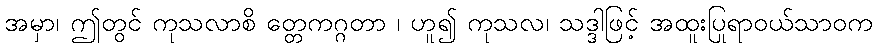
အမှာ၊ ဤတွင် ကုသလာစိ တ္တေကဂ္ဂတာ ၊ ဟူ၍ ကုသလ၊ သဒ္ဒါဖြင့် အထူးပြုရာဝယ်သာဝက